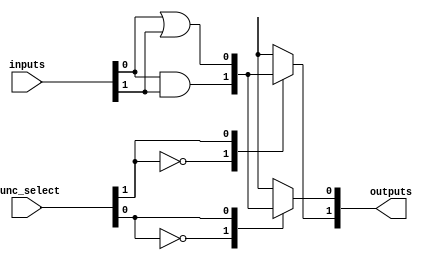
module combinational_logic_block #(
    parameter N = 4, // Number of input signals
    parameter M = 2  // Number of output signals
) (
    input  wire [N-1:0]  inputs,      // Input signals
    input  wire [M-1:0]  func_select,  // Function select for each output
    output wire [M-1:0]  outputs       // Output signals
);

    // Internal wires for basic logic operations
    wire [N-1:0] not_inputs;
    wire [N-1:0] and_outs;
    wire [N-1:0] or_outs;
    wire [N-1:0] nand_outs;
    wire [N-1:0] nor_outs;
    wire [N-1:0] xor_outs;
    wire [N-1:0] xnor_outs;

    // Generate NOT operations
    genvar i;
    generate
        for (i = 0; i < N; i = i + 1) begin : NOT_GEN
            assign not_inputs[i] = ~inputs[i];
        end
    endgenerate

    // Generate AND operations
    assign and_outs[0] = inputs[0] & inputs[1];
    assign and_outs[1] = inputs[0] & inputs[2];
    assign and_outs[2] = inputs[1] & inputs[2];
    // Add more AND combinations as needed...

    // Generate OR operations
    assign or_outs[0] = inputs[0] | inputs[1];
    assign or_outs[1] = inputs[0] | inputs[2];
    assign or_outs[2] = inputs[1] | inputs[2];
    // Add more OR combinations as needed...

    // Generate NAND operations
    assign nand_outs[0] = ~(inputs[0] & inputs[1]);
    assign nand_outs[1] = ~(inputs[0] & inputs[2]);
    assign nand_outs[2] = ~(inputs[1] & inputs[2]);
    // Add more NAND combinations as needed...

    // Generate NOR operations
    assign nor_outs[0] = ~(inputs[0] | inputs[1]);
    assign nor_outs[1] = ~(inputs[0] | inputs[2]);
    assign nor_outs[2] = ~(inputs[1] | inputs[2]);
    // Add more NOR combinations as needed...

    // Generate XOR operations
    assign xor_outs[0] = inputs[0] ^ inputs[1];
    assign xor_outs[1] = inputs[0] ^ inputs[2];
    assign xor_outs[2] = inputs[1] ^ inputs[2];
    // Add more XOR combinations as needed...

    // Generate XNOR operations
    assign xnor_outs[0] = ~(inputs[0] ^ inputs[1]);
    assign xnor_outs[1] = ~(inputs[0] ^ inputs[2]);
    assign xnor_outs[2] = ~(inputs[1] ^ inputs[2]);
    // Add more XNOR combinations as needed...

    // Output logic function selection
    generate
        for (i = 0; i < M; i = i + 1) begin : OUTPUT_GEN
            always @(*) begin
                case (func_select[i])
                    3'b000: outputs[i] = and_outs[0]; // Example: AND function
                    3'b001: outputs[i] = or_outs[0];  // Example: OR function
                    3'b010: outputs[i] = not_inputs[0]; // Example: NOT function
                    3'b011: outputs[i] = nand_outs[0]; // Example: NAND function
                    3'b100: outputs[i] = nor_outs[0];  // Example: NOR function
                    3'b101: outputs[i] = xor_outs[0];  // Example: XOR function
                    3'b110: outputs[i] = xnor_outs[0]; // Example: XNOR function
                    default: outputs[i] = 1'b0; // Default case
                endcase
            end
        end
    endgenerate

endmodule